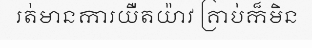
រត់មានការយឺតយ៉ាវ គ្រាប់ក៏មិន